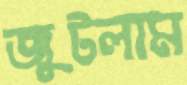
জুটলাম